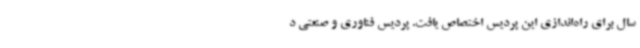
سال برای راه‌اندازی این پردیس اختصاص یافت. پردیس فناوری و صنعتی د